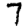
Digit: 7